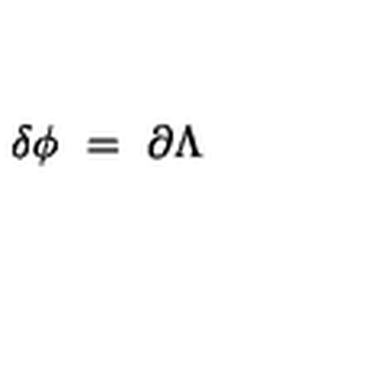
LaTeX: \delta \phi \ = \ \partial \Lambda